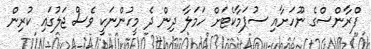
ފްރާންސްގެ ނޫހަށާއި ސުޕަމާކެޓަށް ހަމަލާ ދިން ދެ މީހުންނަކީ ވެސް ޖަލުގައި ކުރިން